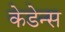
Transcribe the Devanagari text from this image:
केडेन्स